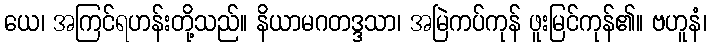
ယေ၊ အကြင်ရဟန်းတို့သည်။ နိယာမဂတဒ္ဒသာ၊ အမြဲကပ်ကုန် ဖူးမြင်ကုန်၏။ ဗဟူနံ၊